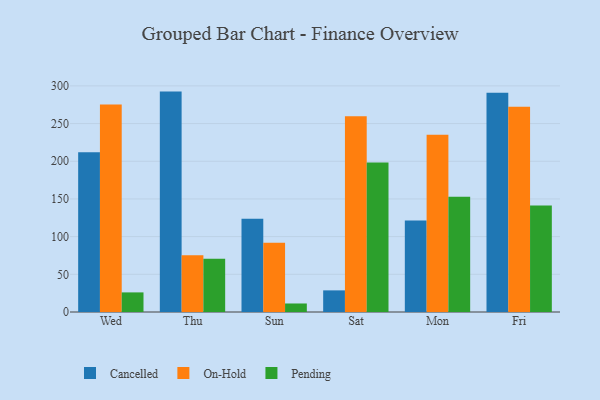
{"axis": {"x": "Day", "y": "Temperature (°C)"}, "legend": ["Cancelled", "On-Hold", "Pending"], "data": [{"x": "Wed", "y": 212.0, "type": "Cancelled"}, {"x": "Wed", "y": 275.4, "type": "On-Hold"}, {"x": "Wed", "y": 26.0, "type": "Pending"}, {"x": "Thu", "y": 292.4, "type": "Cancelled"}, {"x": "Thu", "y": 75.3, "type": "On-Hold"}, {"x": "Thu", "y": 70.8, "type": "Pending"}, {"x": "Sun", "y": 123.6, "type": "Cancelled"}, {"x": "Sun", "y": 92.0, "type": "On-Hold"}, {"x": "Sun", "y": 11.3, "type": "Pending"}, {"x": "Sat", "y": 28.7, "type": "Cancelled"}, {"x": "Sat", "y": 259.7, "type": "On-Hold"}, {"x": "Sat", "y": 198.2, "type": "Pending"}, {"x": "Mon", "y": 121.4, "type": "Cancelled"}, {"x": "Mon", "y": 235.1, "type": "On-Hold"}, {"x": "Mon", "y": 153.0, "type": "Pending"}, {"x": "Fri", "y": 290.8, "type": "Cancelled"}, {"x": "Fri", "y": 272.3, "type": "On-Hold"}, {"x": "Fri", "y": 141.3, "type": "Pending"}]}